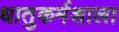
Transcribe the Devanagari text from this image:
धातुकर्मशाला